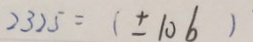
2 3 2 5 = ( \pm 1 0 b )